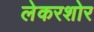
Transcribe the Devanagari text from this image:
लेकरशोर